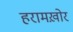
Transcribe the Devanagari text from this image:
हरामख़ोर